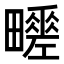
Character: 𤳶